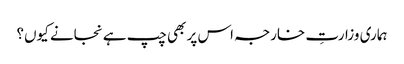
ہماری وزارتِ خارجہ اس پر بھی چپ ہے نجانے کیوں؟